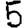
Digit: 5